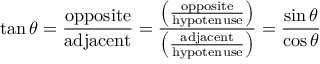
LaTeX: \tan \theta = { \frac { \mathrm { o p p o s i t e } } { \mathrm { a d j a c e n t } } } = { \frac { \left( { \frac { \mathrm { o p p o s i t e } } { \mathrm { h y p o t e n u s e } } } \right) } { \left( { \frac { \mathrm { a d j a c e n t } } { \mathrm { h y p o t e n u s e } } } \right) } } = { \frac { \sin \theta } { \cos \theta } }